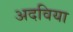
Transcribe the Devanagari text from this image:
अदविया